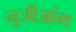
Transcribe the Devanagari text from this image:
नूजीआंग